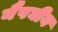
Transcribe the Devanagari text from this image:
नैषघीय